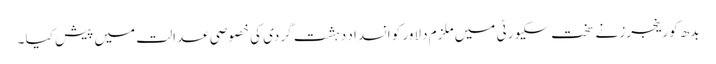
بدھ کو رینجرز نے سخت سکیورٹی میں ملزم دلاور کو انسداد دہشت گردی کی خصوصی عدالت میں پیش کیا ۔